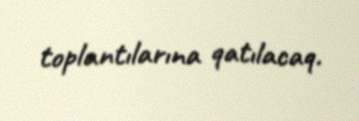
toplantılarına qatılacaq.